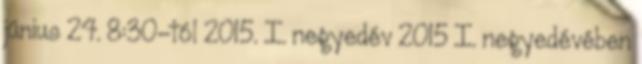
június 24. 8:30-tól 2015. I. negyedév 2015 I. negyedévében